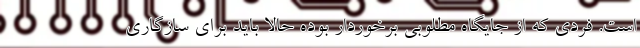
است. فردی که از جایگاه مطلوبی برخوردار بوده حالا باید برای سازگاری